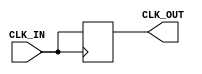
module clock_buffer (
    input  wire CLK_IN,   // Input clock signal
    output wire CLK_OUT   // Buffered output clock signal
);

// Declare a register for the buffered signal
reg clk_reg;

// Assign the buffered clock to the output
assign CLK_OUT = clk_reg;

// Clock buffer process
always @(posedge CLK_IN) begin
    // This creates a buffered version of the clock signal
    clk_reg <= CLK_IN;
end

endmodule